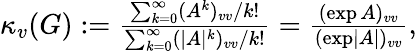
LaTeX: \begin{array}{r}{\kappa_{v}(G):=\frac{\sum_{k=0}^{\infty}(A^{k})_{vv}/k!}{\sum_{k=0}^{\infty}(\lvert A\rvert^{k})_{vv}/k!}=\frac{(\exp A)_{vv}}{(\exp\lvert A\rvert)_{vv}},}\end{array}